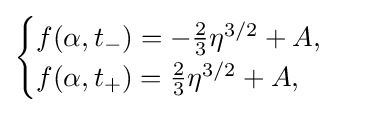
{\begin{cases}f(\alpha ,t_{-})=-{\frac {2}{3}}\eta ^{3/2}+A,\\f(\alpha ,t_{+})={\frac {2}{3}}\eta ^{3/2}+A,\end{cases}}